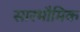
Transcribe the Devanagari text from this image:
सारभौमिक